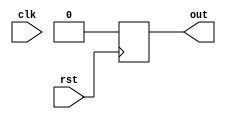
module synchronous_reset (
  input wire clk,
  input wire rst,
  output reg out
);

  always @ (posedge rst)
  begin
    if (rst)
    begin
      // Reset flip-flops, registers, or other elements here
      out <= 0;
    end
  end

endmodule